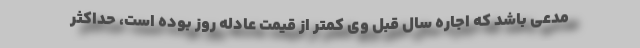
مدعی باشد که اجاره سال قبل وی کمتر از قیمت عادله روز بوده است، حداکثر